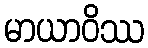
မာယာဝိဿ